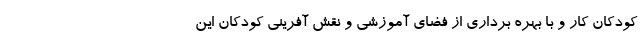
کودکان کار و با بهره برداری از فضای آموزشی و نقش آفرینی کودکان این